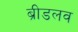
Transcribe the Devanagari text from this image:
ब्रीडलव